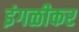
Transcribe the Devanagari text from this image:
इंगळीकर